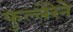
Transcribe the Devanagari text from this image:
फुल्लेरेने